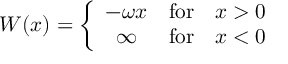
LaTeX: W ( x ) = \left\{ \begin{array} { c l l } { { - \omega x } } & { { \mathrm { f o r } } } & { { x > 0 } } \\ { { \infty } } & { { \mathrm { f o r } } } & { { x < 0 } } \end{array} \right.